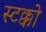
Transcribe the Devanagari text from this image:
स्टक्को